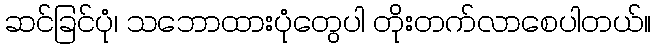
ဆင်ခြင်ပုံ၊ သဘောထားပုံတွေပါ တိုးတက်လာစေပါတယ်။